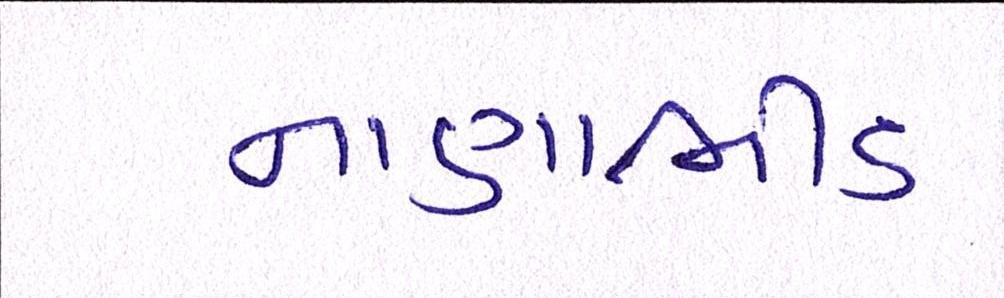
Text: નાણાભીડ